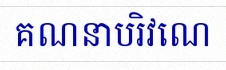
គណនាបរិវេណ